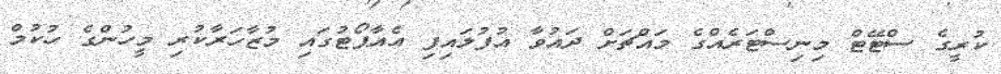
ކުރީގެ ސްޓޭޓް މިނިސްޓަރެއްގެ މައްޗަށް ދައުވާ އުފުލައިފި އެއާޕޯޓުގައި މުޒާހަރާކުރި މީހުންގެ ހުކުމް